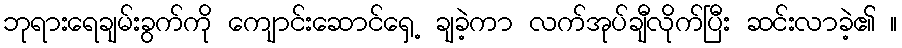
ဘုရားရေချမ်းခွက်ကို ကျောင်းဆောင်ရှေ့ ချခဲ့ကာ လက်အုပ်ချီလိုက်ပြီး ဆင်းလာခဲ့၏ ။